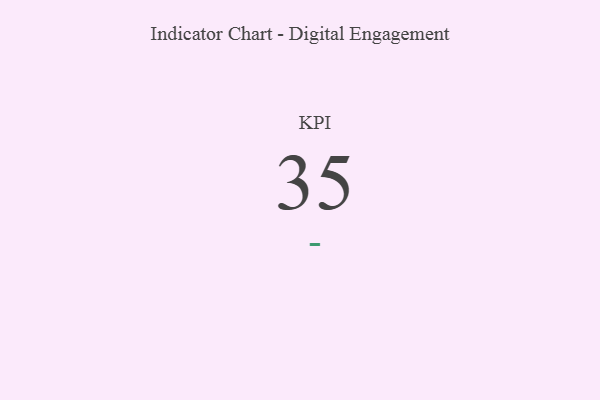
{"axis": {"x": "KPI", "y": "Value"}, "legend": [""], "data": [{"x": "KPI", "y": 35, "type": ""}]}